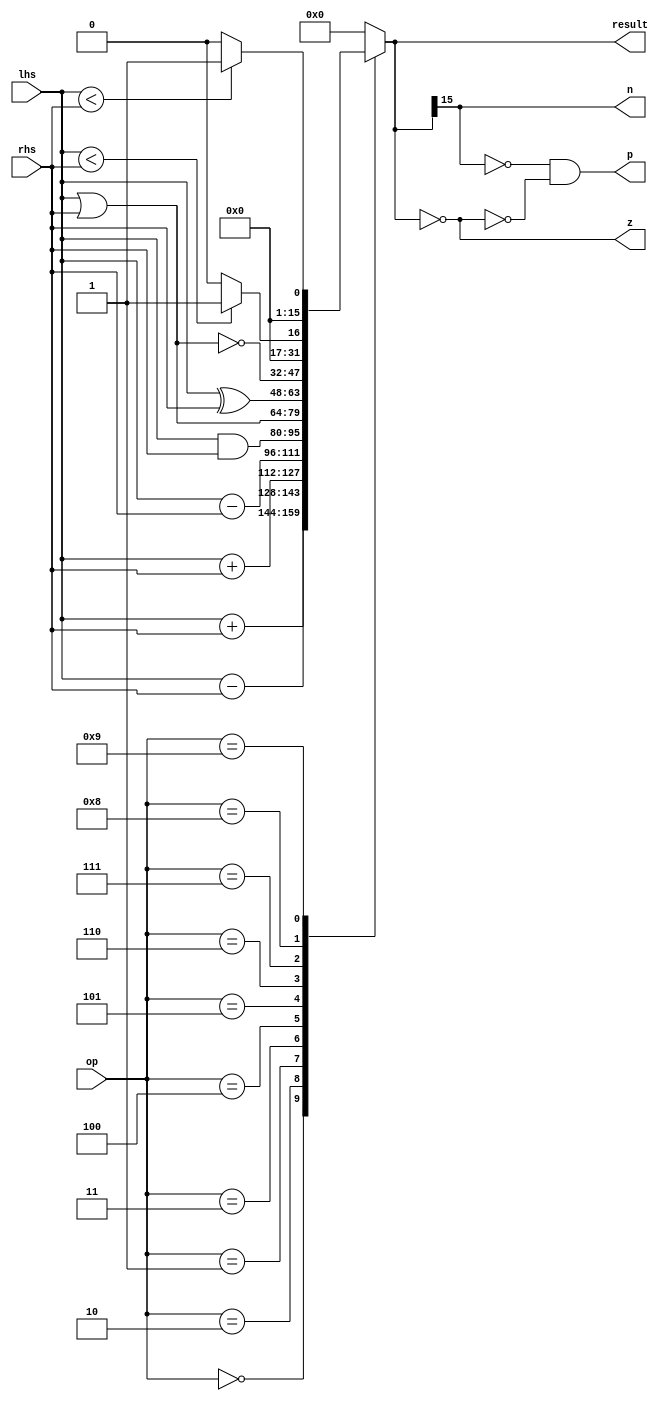
/* RISC 16-bit ALU */
module ALU16(
    lhs,
    rhs,
    result,
    n,
    p,
    z,
    op
);

/* Parameters */
parameter DATA_WIDTH = 16;
parameter OP_WIDTH   = 4;

/* Opcodes */
parameter OP_ADD  = 4'b0000;  //0
parameter OP_ADDU = 4'b0001;  //1
parameter OP_SUB  = 4'b0010;  //2
parameter OP_SUBU = 4'b0011;  //3
parameter OP_AND  = 4'b0100;  //4
parameter OP_OR   = 4'b0101;  //5
parameter OP_XOR  = 4'b0110;  //6
parameter OP_NOR  = 4'b0111;  //7
parameter OP_SLT  = 4'b1000;  //8
parameter OP_SLTU = 4'b1001;  //9    

/* Inputs */
input [OP_WIDTH - 1 : 0] op;
input [DATA_WIDTH - 1 : 0] lhs, rhs;

/* Outputs */
output reg [DATA_WIDTH - 1 : 0] result;
output wire n, p, z;

/* Behavioral Combinational Design */
always @ (lhs or rhs or op)
begin
    case (op)
        OP_ADD  : result = $signed(lhs) + $signed(rhs);
        OP_SUB  : result = $signed(lhs) - $signed(rhs);
        OP_ADDU : result = lhs + rhs;
        OP_SUBU : result = lhs - rhs;
        OP_AND  : result = lhs & rhs;
        OP_OR   : result = lhs | rhs;
        OP_XOR  : result = lhs ^ rhs;
        OP_NOR  : result = ~(lhs | rhs);
        OP_SLT  : result = $signed(lhs) < $signed(rhs) ? 1 : 0; 
        OP_SLTU : result = lhs < rhs ? 1 : 0;
        default : result = 0;
    endcase
end

/* N/P/Z */
assign p = (!n && !z);
assign z = (result == 0);
assign n = (result[DATA_WIDTH - 1]);

endmodule